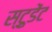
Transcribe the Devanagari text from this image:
स्टु़डेंट